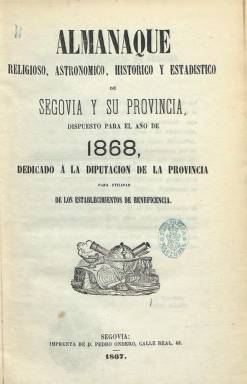
Título: Almanaque religioso, astronómico, histórico y estadístico de Segovia y su Provincia
Otros títulos: Almanaque de Segovia
Colección: Almanaques
Ámbito geográfico: Segovia
Lugar de publicación: Segovia
Fechas: 01/01/1868-31/12/1868

Lo fue para el año bisiesto de 1868, impreso por Pedro Ondero, en un volumen de 424 páginas, incluidas dos de su índice, al final. Su autor, aunque no aparece indicado, es el militar, profesor del Colegio de Artillería de Segovia, historiador y académico Adolfo Carrasco y Saiz del Campo (1830-1906), que cedió su propiedad a la Diputación Provincial de Segovia, para que sus beneficios fueran destinados a los establecimientos de beneficencia. Se trata de un útil almanaque, con gran número de interesantes noticias de la provincia segoviana, considerada en el prólogo por su autor como una de las más ignoradas de España. No contiene grabados.

Se divide en secciones. La religiosa, con las épocas célebres, fiestas, martirologio de la provincia, cronología de sus obispos y datos de sus cofradías, entre otros. La de geografía, historia y estadística, con su división territorial, forestal o eclesiástica, puestos de la guardia civil, efemérides o estadísticas de población. Y la de variedades, con información y datos sobre el acueducto, alcázar, museo, hospital, casa de baños, mercados, calles, puertas de la muralla, seminario, sus ordenanzas de policía, los días en que corrían las fuentes de La Granja, las academias preparatorias para el ingreso en la Academia de Artillería o una guía de forasteros.